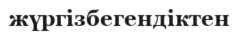
жүргізбегендіктен